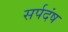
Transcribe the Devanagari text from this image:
सर्पदंष